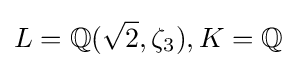
L=\mathbb {Q} ({\sqrt {2}},\zeta _{3}),K=\mathbb {Q}